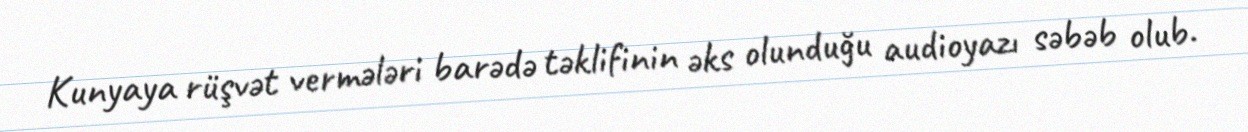
Kunyaya rüşvət vermələri barədə təklifinin əks olunduğu audioyazı səbəb olub.